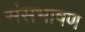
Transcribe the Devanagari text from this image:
संसभाषण